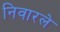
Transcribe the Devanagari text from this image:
निवारले